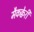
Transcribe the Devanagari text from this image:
मैकक्वेरी